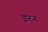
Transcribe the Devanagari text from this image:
इरन